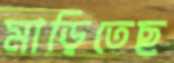
মাড়িতেছ